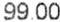
99.00